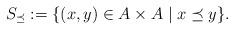
LaTeX: \begin{align*}S_\preceq:=\{(x,y) \in A \times A \mid x\preceq y\}.\end{align*}